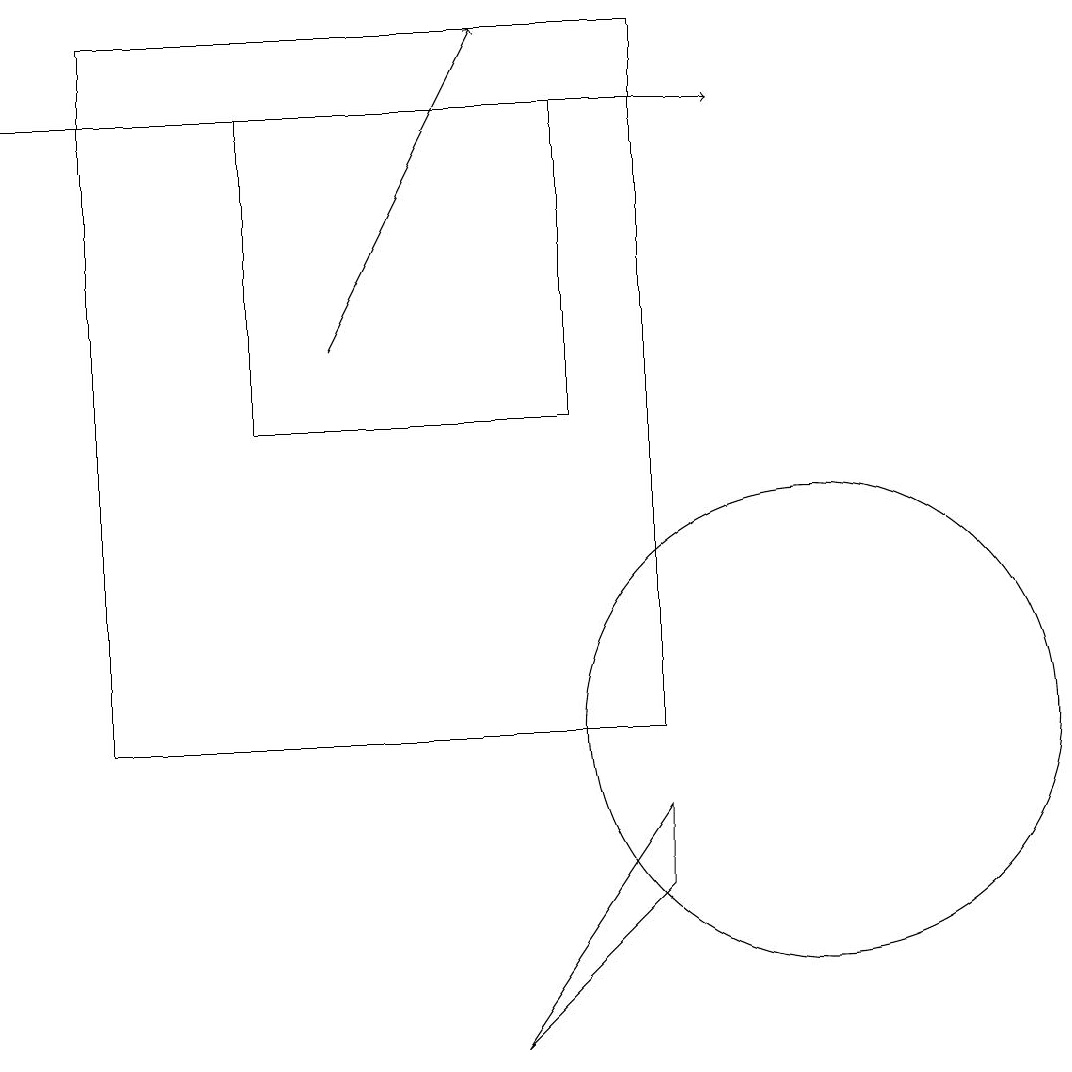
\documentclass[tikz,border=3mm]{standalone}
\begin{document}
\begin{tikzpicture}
\draw (8,9) -- (6,6) -- (8,8) -- cycle;
\draw (10,10) circle (3);
\draw (3,14) rectangle (7,18);
\draw[->] (0,18) -- (9,18);
\draw (1,19) rectangle (8,10);
\draw[->] (4,15) -- (6,19);
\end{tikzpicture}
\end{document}